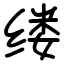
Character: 缕